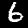
Label: 6